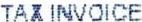
TAX INVOICE